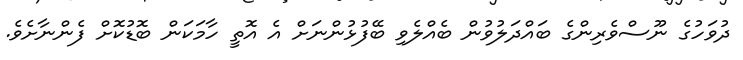
ދުވަހުގެ ނޫސްވެރިންގެ ބައްދަލުވުުން ބެއްލެވި ބޭފުޅުންނަށް އެ އޮތީ ހާމަކަން ބޮޑުކޮށް ފެންނާށެވެ.